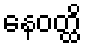
နေဝတ္ထိ